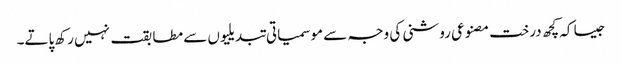
جیسا کہ کچھ درخت مصنوعی روشنی کی وجہ سے موسمیاتی تبدیلیوں سے مطابقت نہیں رکھ پاتے۔